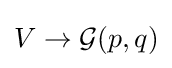
V\to {\mathcal {G}}(p,q)